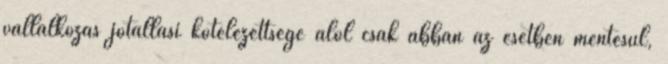
vállalkozás jótállási kötelezettsége alól csak abban az esetben mentesül,